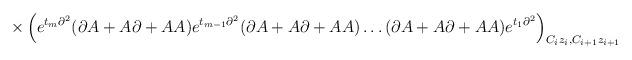
LaTeX: \begin{align*}\times\left(e^{t_m\partial^2}(\partial A+A\partial+AA)e^{t_{m-1}\partial^2}(\partial A+A\partial+AA)\ldots(\partial A+A\partial+AA)e^{t_1\partial^2}\right)_{C_iz_i,C_{i+1}z_{i+1}}\end{align*}